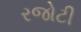
રજોટી